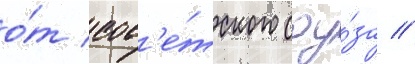
о́т сов'е́тского соу́за //